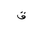
Letter: _qaf